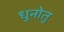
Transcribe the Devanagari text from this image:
धुनोतु